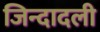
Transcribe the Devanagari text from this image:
जिन्दादली